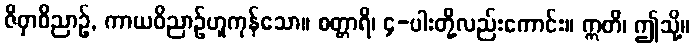
ဇိဝှာဝိညာဉ်, ကာယဝိညာဉ်ဟူကုန်သော။ စတ္တာရိ၊ ၄-ပါးတို့လည်းကောင်း။ ဣတိ၊ ဤသို့။